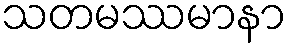
သတမဿမာနာ